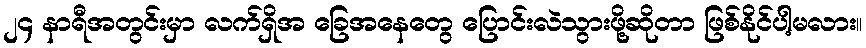
၂၄ နာရီအတွင်းမှာ လက်ရှိအ ခြေအနေတွေ ပြောင်းလဲသွားဖို့ဆိုတာ ဖြစ်နိုင်ပါ့မလား။